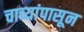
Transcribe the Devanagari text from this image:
चाच्यांपासून